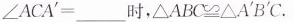
$$∠ A C A ^ { \ p r i m e } = ____$$时，$$△ A B C ≌ △ A ^ { \ p r i m e } B ^ { \ p r i m e } C$$。